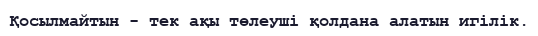
Қосылмайтын - тек ақы төлеуші қолдана алатын игілік.